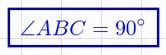
\angle ABC=90^\circ